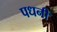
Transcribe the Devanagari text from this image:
पधनी